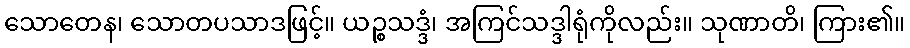
သောတေန၊ သောတပသာဒဖြင့်။ ယဉ္စသဒ္ဒံ၊ အကြင်သဒ္ဒါရုံကိုလည်း။ သုဏာတိ၊ ကြား၏။